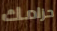
حزامك